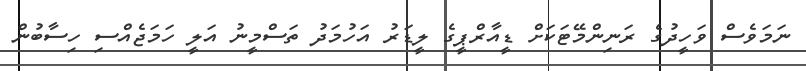
ނަމަވެސް ވަހީދުގެ ރަނިންމޭޓަކަށް ޑީއާރްޕީގެ ލީޑަރު އަހުމަދު ތަސްމީނު އަލީ ހަމަޖެއްސި ހިސާބުން